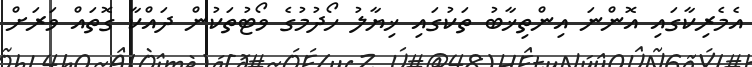
އެމެރިކާގައި އޮންނަ އިންތިޚާބު ތަކުގައި ޚިޔާލު ހޯދުމުގެ ވޯޓުތަކުން ދައްކާ ގޮތައް ވަރަށް